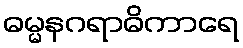
ဓမ္မနဂရာဓိကာရေ